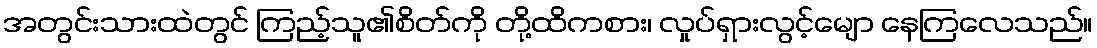
အတွင်းသားထဲတွင် ကြည့်သူ၏စိတ်ကို တို့ထိကစား၊ လှုပ်ရှားလွင့်မျော နေကြလေသည်။